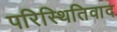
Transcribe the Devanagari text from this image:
परिस्थितिवाद